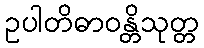
ဥပါတိဓာဝန္တိသုတ္တ